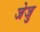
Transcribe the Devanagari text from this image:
जेजु